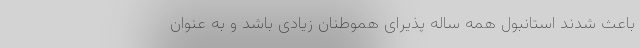
باعث شدند استانبول همه ساله پذیرای هموطنان زیادی باشد و به عنوان